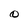
Character: 0